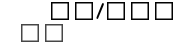
٥٣